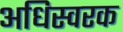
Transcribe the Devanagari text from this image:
अधिस्वरक